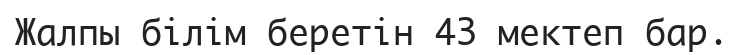
Жалпы білім беретін 43 мектеп бар.